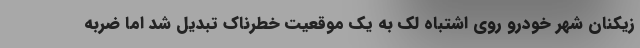
زیکنان شهر خودرو روی اشتباه لک به یک موقعیت خطرناک تبدیل شد اما ضربه